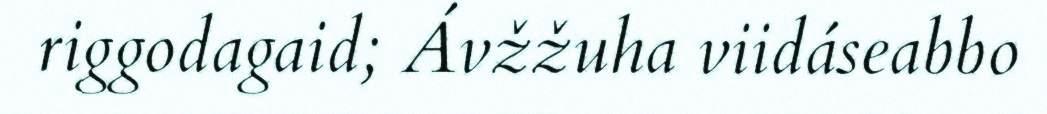
riggodagaid; Ávžžuha viidáseabbo